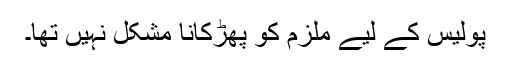
پولیس کے لیے ملزم کو پھڑکانا مشکل نہیں تھا۔